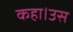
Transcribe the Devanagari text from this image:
कहा।उस